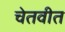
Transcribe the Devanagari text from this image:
चेतवीत